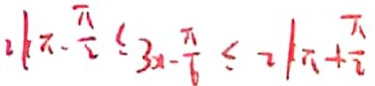
2 k \pi - \frac { \pi } { 2 } \leq 3 x - \frac { \pi } { 6 } \leq 2 k \pi + \frac { \pi } { 2 }